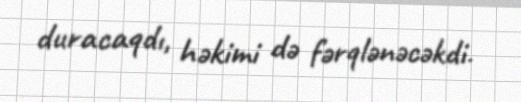
duracaqdı, həkimi də fərqlənəcəkdi.